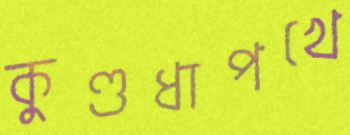
কুণ্ডধাপখে